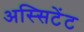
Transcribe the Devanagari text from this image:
अस्सिटेंट